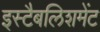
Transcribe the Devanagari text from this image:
इस्‍टैबलिशमेंट